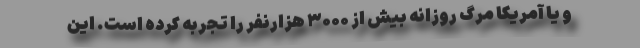
و یا آمریکا مرگ روزانه بیش از ۳۰۰۰ هزارنفر را تجربه کرده است. این